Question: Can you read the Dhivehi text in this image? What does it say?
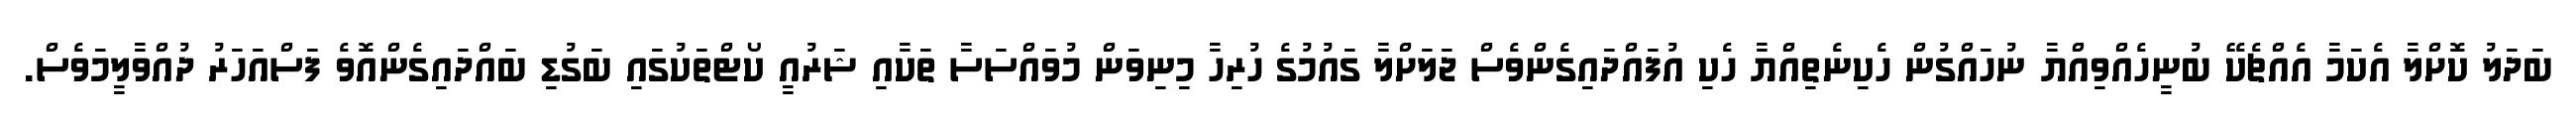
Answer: ބަދަލު ކޮށްލާ އެކަމާ އެއްޗެކޭ ބުނީހެއްވިއްޔާ ނުހައްގުން ހެކިނެތިއްޔާ ހެކި އުފައްދައިގެންވެސް ޖަލަށްލާ ގައުމުގެ ހުރިހާ މިނިވަން މުވައްސަސާ ތަކާއި ޝަރުއީ ކޯޓްތަކުގައި ބަގުޑި ބައްދައިގެންއޮވެ ފަސްއަހަރު ދުއްވާލީމަވެސް.